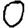
Digit: 0